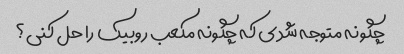
چگونه متوجه شدی که چگونه مکعب روبیک را حل کنی؟